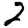
Digit: 2